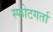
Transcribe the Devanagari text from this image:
स्फोटगर्ता